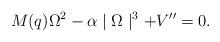
LaTeX: \begin{align*}M(q)\Omega^2 - \alpha \mid \Omega \mid^3 + V'' =0.\end{align*}